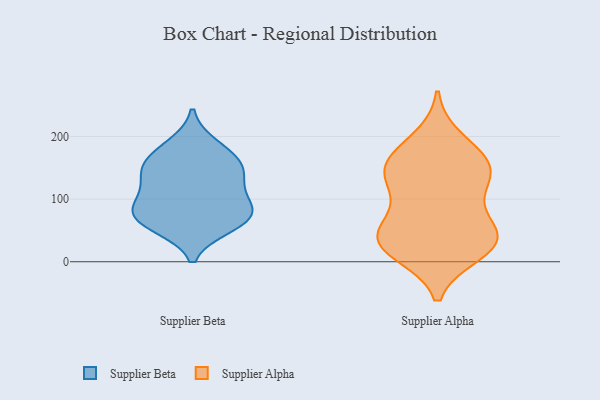
{"axis": {"x": "Backlog", "y": "Value"}, "legend": ["Supplier Alpha", "Supplier Beta"], "data": [{"x": "", "y": 58, "type": "Supplier Beta"}, {"x": "", "y": 149, "type": "Supplier Beta"}, {"x": "", "y": 74, "type": "Supplier Beta"}, {"x": "", "y": 185, "type": "Supplier Beta"}, {"x": "", "y": 77, "type": "Supplier Beta"}, {"x": "", "y": 130, "type": "Supplier Beta"}, {"x": "", "y": 166, "type": "Supplier Beta"}, {"x": "", "y": 66, "type": "Supplier Beta"}, {"x": "", "y": 109, "type": "Supplier Beta"}, {"x": "", "y": 85, "type": "Supplier Beta"}, {"x": "", "y": 149, "type": "Supplier Beta"}, {"x": "", "y": 152, "type": "Supplier Alpha"}, {"x": "", "y": 47, "type": "Supplier Alpha"}, {"x": "", "y": 42, "type": "Supplier Alpha"}, {"x": "", "y": 15, "type": "Supplier Alpha"}, {"x": "", "y": 124, "type": "Supplier Alpha"}, {"x": "", "y": 140, "type": "Supplier Alpha"}, {"x": "", "y": 24, "type": "Supplier Alpha"}, {"x": "", "y": 46, "type": "Supplier Alpha"}, {"x": "", "y": 165, "type": "Supplier Alpha"}, {"x": "", "y": 133, "type": "Supplier Alpha"}, {"x": "", "y": 24, "type": "Supplier Alpha"}, {"x": "", "y": 86, "type": "Supplier Alpha"}, {"x": "", "y": 161, "type": "Supplier Alpha"}, {"x": "", "y": 195, "type": "Supplier Alpha"}, {"x": "", "y": 36, "type": "Supplier Alpha"}]}